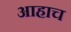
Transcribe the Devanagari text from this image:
आहाच